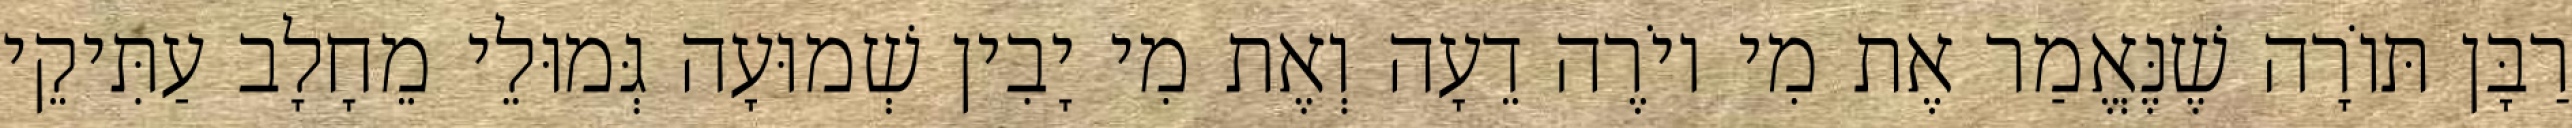
רַבָּן תּוֹרָה שֶׁנֶּאֱמַר אֶת מִי יוֹרֶה דֵעָה וְאֶת מִי יָבִין שְׁמוּעָה גְּמוּלֵי מֵחָלָב עַתִּיקֵי